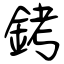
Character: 銬